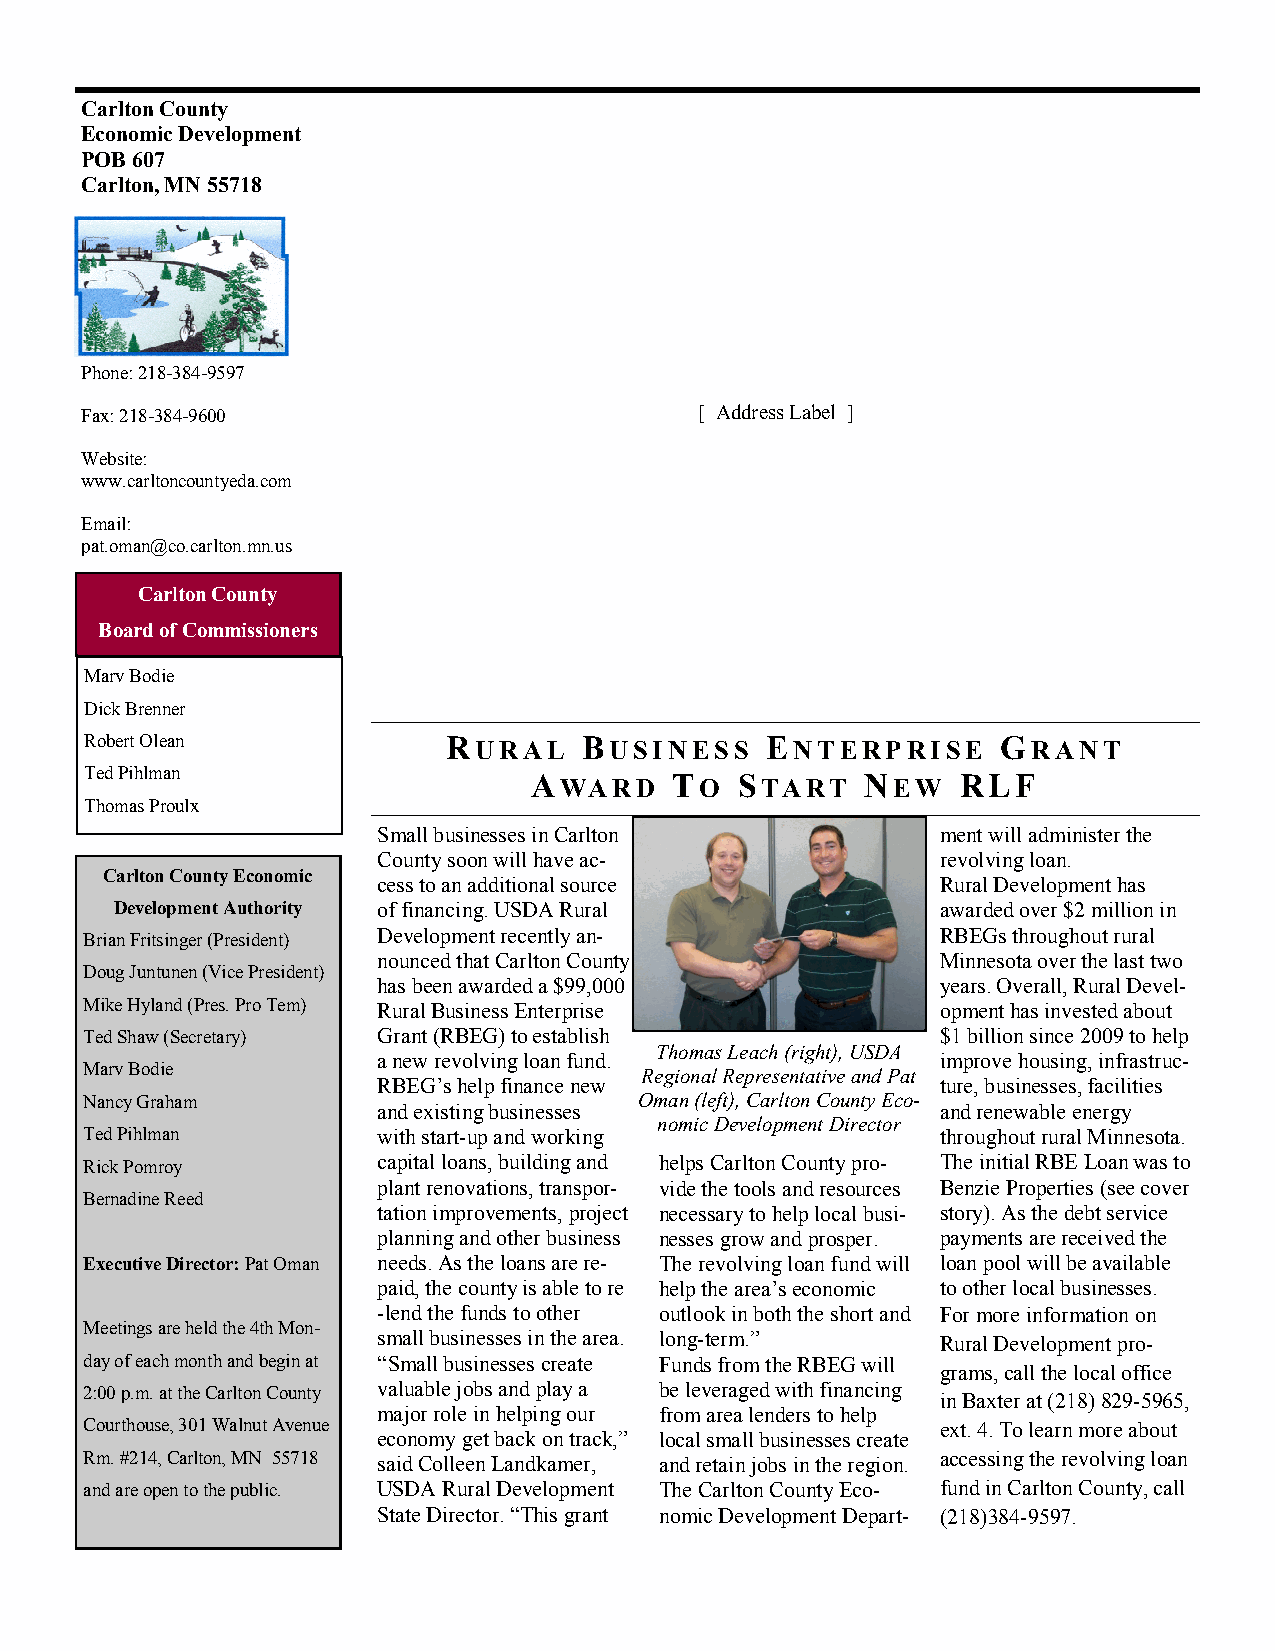
Carlton County
 Economic Development
 POB 607
 Carlton, MN 55718
 Phone: 218-384-9597
 Fax: 218-384-9600                        [ Address Label ]
 Website:
 www.carltoncountyeda.com
 Email:
 pat.oman@co.carlton.mn.us
 Carlton County
 Board of Commissioners
 Marv Bodie
 Dick Brenner
 Robert Olean            RURAL    BUSINESS    ENTERPRISE     GRANT
 Ted Pihlman
 AWARD     TO  START   NEW    RLF
 Thomas Proulx
 Small businesses in Carlton          ment will administer the
 County soon will have ac-            revolving loan.
 Carlton County Economic
 cess to an additional source         Rural Development has
 Development Authority of financing. USDA Rural        awarded over $2 million in
 Brian Fritsinger (President) Development recently an-    RBEGs throughout rural
 nounced that Carlton County          Minnesota over the last two
 Doug Juntunen (Vice President)
 has been awarded a $99,000           years. Overall, Rural Devel-
 Mike Hyland (Pres. Pro Tem) Rural Business Enterprise    opment has invested about
 Ted Shaw (Secretary) Grant (RBEG) to establish           $1 billion since 2009 to help
 Thomas Leach (right), USDA
 a new revolving loan fund.           improve housing, infrastruc-
 Marv Bodie                           Regional Representative and Pat
 RBEG’s help finance new              ture, businesses, facilities
 Nancy Graham                         Oman (left), Carlton County Eco-
 and existing businesses              and renewable energy
 nomic Development Director
 Ted Pihlman         with start-up and working            throughout rural Minnesota.
 Rick Pomroy         capital loans, building and helps Carlton County pro- The initial RBE Loan was to
 plant renovations, transpor- vide the tools and resources Benzie Properties (see cover
 Bernadine Reed
 tation improvements, project necessary to help local busi- story). As the debt service
 planning and other business nesses grow and prosper. payments are received the
 Executive Director: Pat Oman needs. As the loans are re- The revolving loan fund will loan pool will be available
 paid, the county is able to re help the area’s economic to other local businesses.
 -lend the funds to other outlook in both the short and For more information on
 Meetings are held the 4th Mon-
 small businesses in the area. long-term.” Rural Development pro-
 day of each month and begin at “Small businesses create Funds from the RBEG will
 grams, call the local office
 2:00 p.m. at the Carlton County valuable jobs and play a be leveraged with financing
 in Baxter at (218) 829-5965,
 major role in helping our from area lenders to help
 Courthouse, 301 Walnut Avenue                            ext. 4. To learn more about
 economy get back on track,” local small businesses create
 Rm. #214, Carlton, MN 55718 said Colleen Landkamer, and retain jobs in the region. accessing the revolving loan
 and are open to the public. USDA Rural Development The Carlton County Eco- fund in Carlton County, call
 State Director. “This grant nomic Development Depart- (218)384-9597.